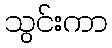
သွင်းကာ